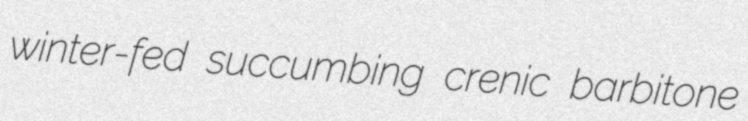
winter-fed succumbing crenic barbitone